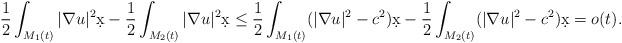
LaTeX: \begin{align*} \frac{1}{2} \int_{M_1(t)}|\nabla u|^2\d x- \frac{1}{2} \int_{M_2(t)}|\nabla u|^2\d x \le \frac{1}{2} \int_{M_1(t)}(|\nabla u|^2-c^2)\d x- \frac{1}{2} \int_{M_2(t)}(|\nabla u|^2-c^2)\d x=o(t).\end{align*}